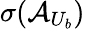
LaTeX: \sigma(\mathcal{A}_{U_{b}})